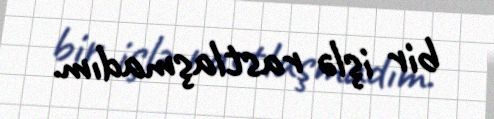
bir işlə rastlaşmadım.